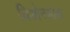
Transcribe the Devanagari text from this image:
यिओनसाक